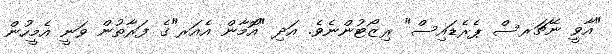
"އާވީ ނޭޗަރސް ޕެރެޑައިސް" ރިޒޯޓުންނެވެ. އަދި "އޮމާން އެއަރ"ގެ ފަރާތުން ވަނީ އެމީހުން